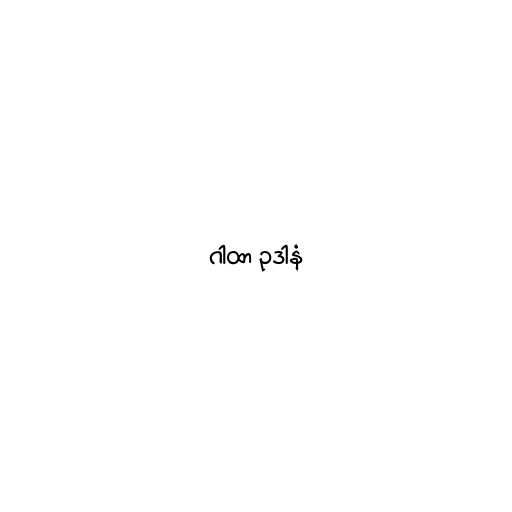
ဂါထာ ဥဒါနံ